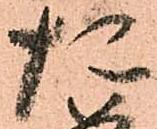
た